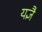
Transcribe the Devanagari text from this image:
यज्ञै